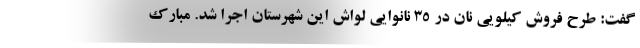
گفت: طرح فروش کیلویی نان در ۳۵ نانوایی لواش این شهرستان اجرا شد. مبارک